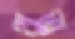
থুত